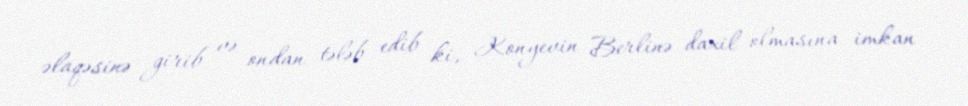
əlaqəsinə girib və ondan tələb edib ki, Konyevin Berlinə daxil olmasına imkan